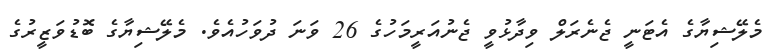
މެލޭޝިޔާގެ އެޓަނީ ޖެނެރަލް ވިދާޅުވީ ޖެނުއަރީމަހުގެ 26 ވަނަ ދުވަހުއެވެ. މެލޭޝިޔާގެ ބޮޑުވަޒީރުގެ